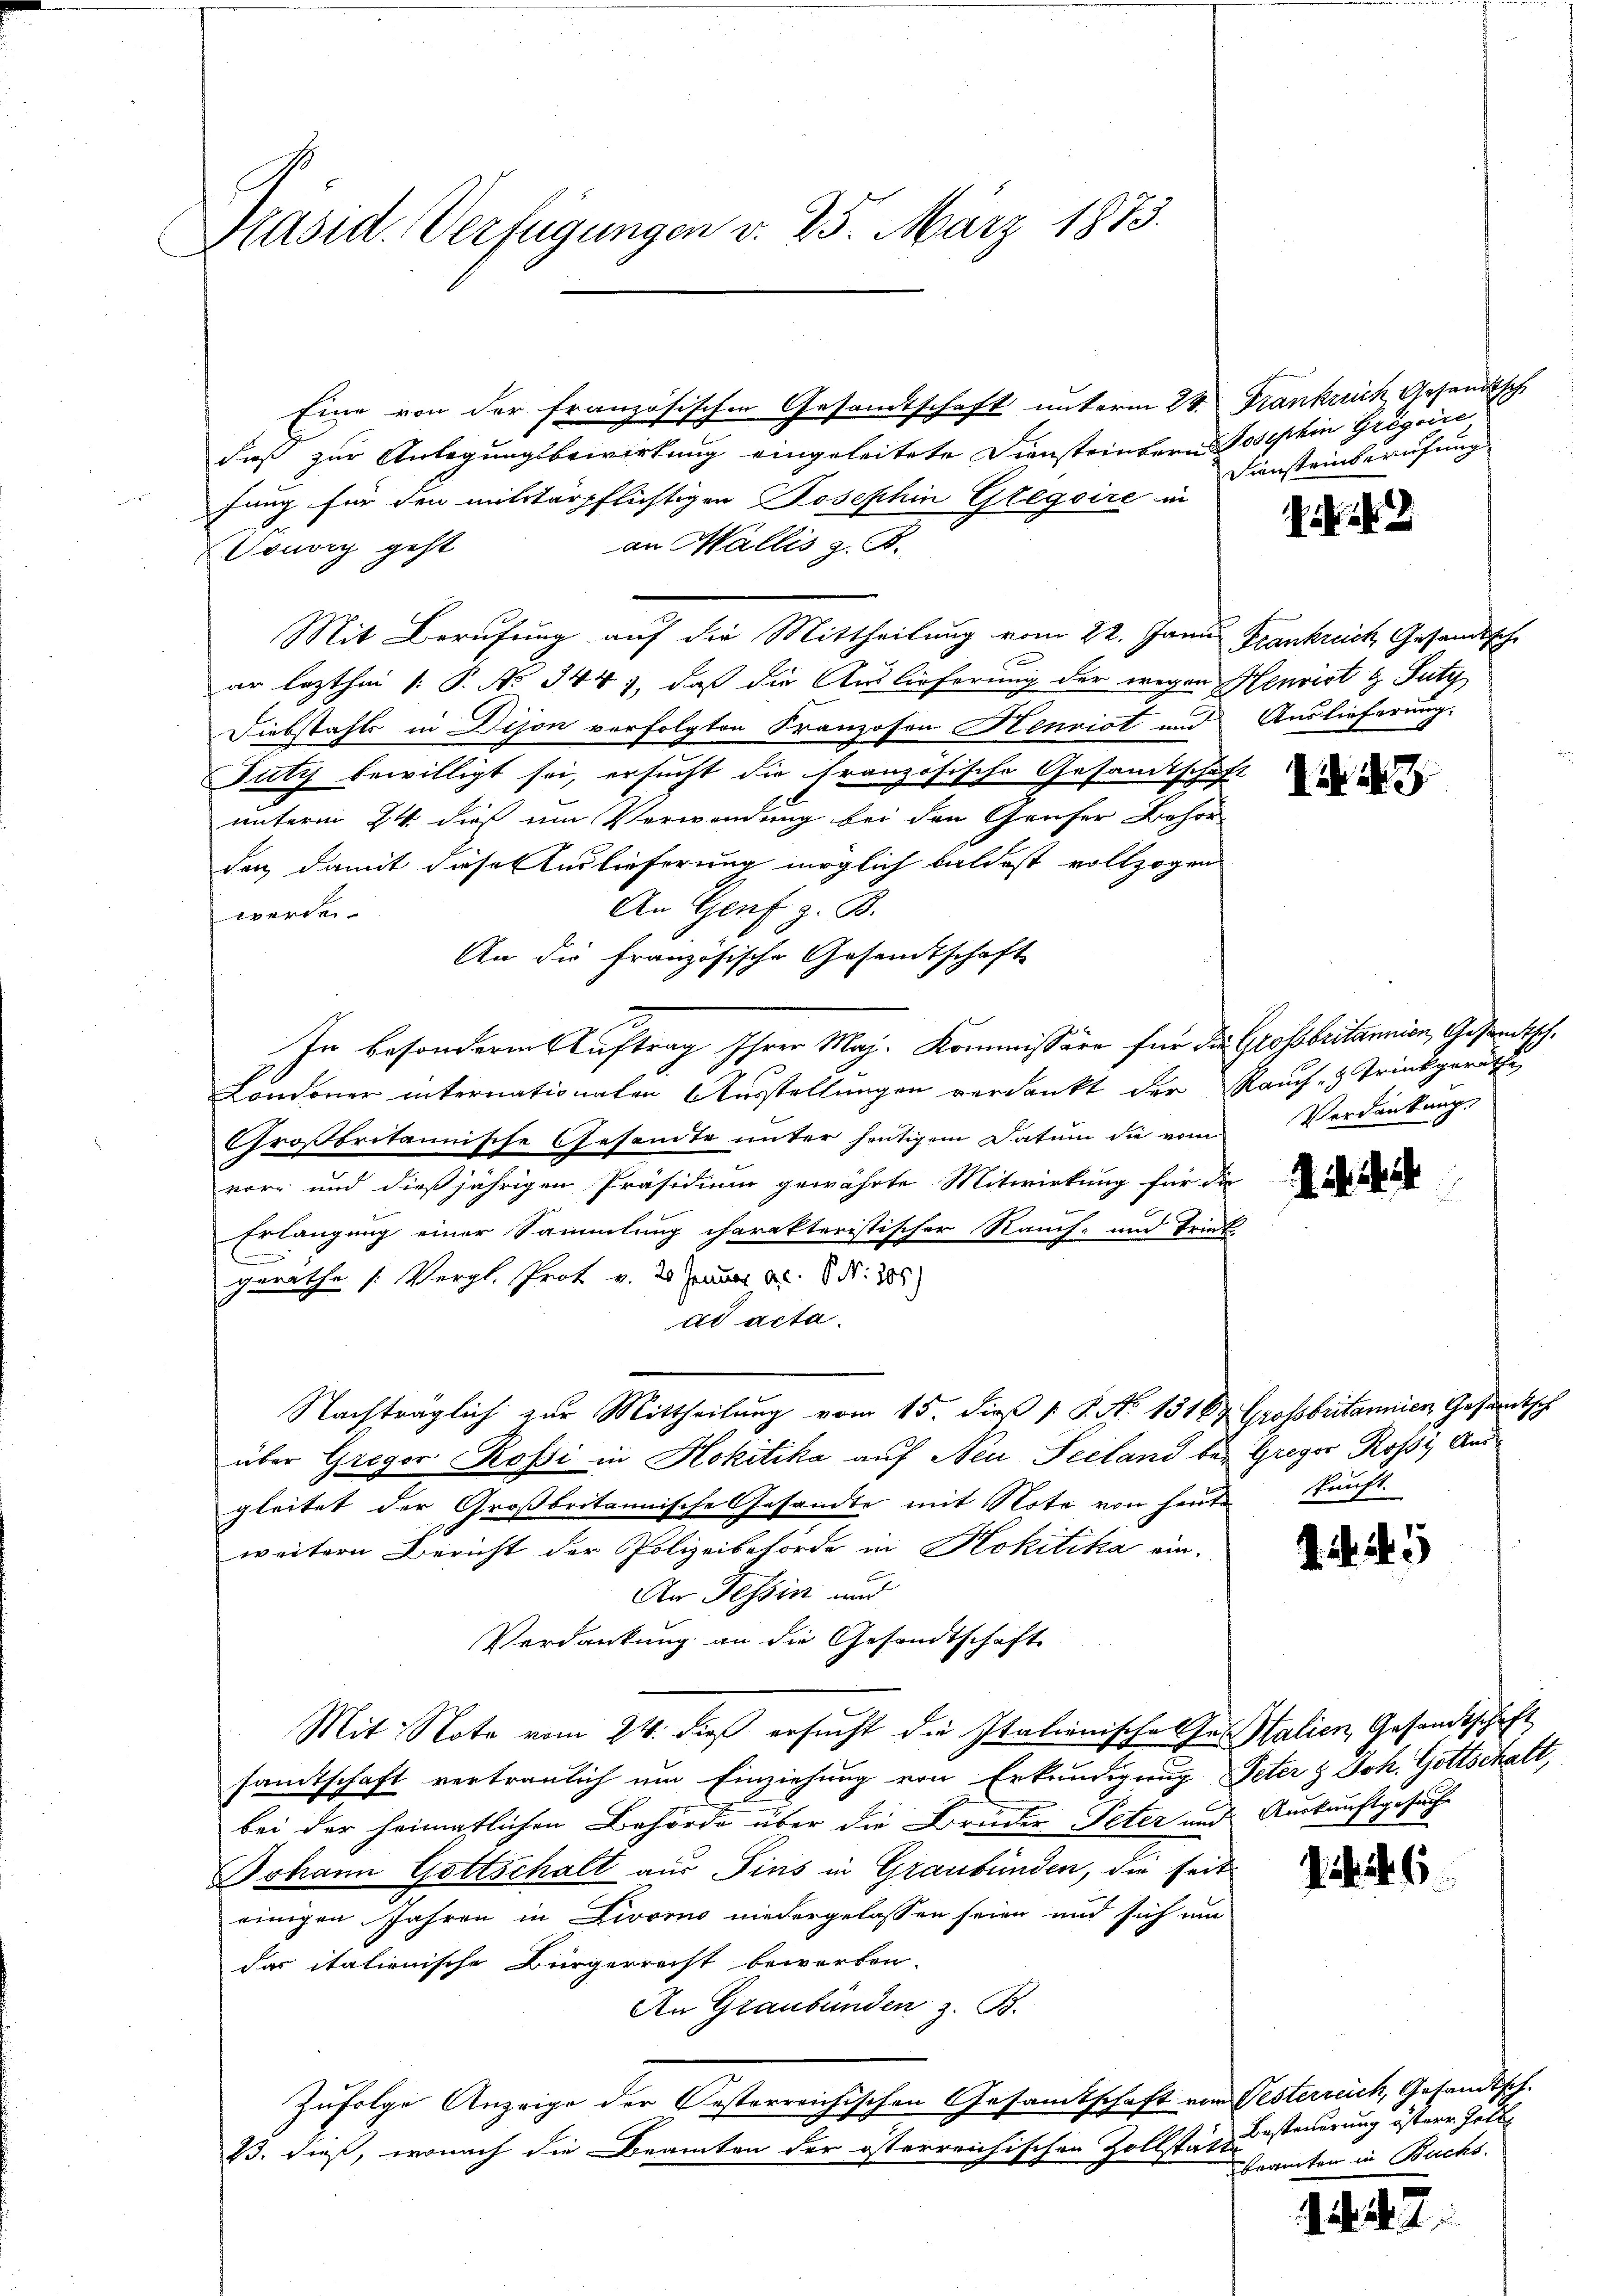
Präsid. Verfügungen d. 25. März 1873.

Eine von der französischen Gesandtschaft unterm 24. Frankrech Gesandtsch
dieß zur Anlegungsbewirkung eingeleitete Diensteinbern Josephin Gregire
fung für den mitstärpflichtigen Josephin Glegoire in
an Wallis z. B.
Touvry geht
Mit Berufung auf die Mittheilung vom 22. Janus Frankreich, Gesandtsche
ar lezthin 1. P. No 344), daß die Auslieferung der wegen Henrist & Futy
Diebstahls in Dison verfolgten Franzosen Henrist und Auslieferung.
Futy bewilligt sei, ersucht die Französische Gesamtschaft
unterm 24. dieß um Verwendung bei den Gruser Behör
den, damit dieser Auslieferung möglich baldest vollzogen
An Genf z. B.
werden.
An die französische Gesandtschaft
In besonderen Auftrag Ihrer Maj. Kommissäre für die Grossbritannien, Gestecksch.
Londoner internationaten Ausstellungen verdankt der Rauch - Trinkgerathe
Großbritannische Gesamte unter heutigem Datum die vom
vor und dießjährigen Präsidium gewährte Mitwirkung für die
Erlangung einer Sammlung charakteristischer Stauf- und Trink
E
gerathe s. Vergl. Prof v. 20. Januar 9. N. 355)
ad acta.
Nachträglich zur Mittheilung vom 15. dieß P. No 13164 Grossbritannien Gesandtsch
über Gregor Rossi in Hokitika auf Neu Seeland bei Gregor Rossi Ausgleitet der Großbritannische Gesandte mit Note von heute
weitern Bericht der Polizeibehörde in Hokitika an
An Tessin und
Verdankung an die Gesandtschaft
Mit Note vom 24. dieß ersucht die Italienischel Jos. Halien, Gesandtschaft
samtschaft vertraulich um Einziehung von Erkundigung Peter & Joh. Gottschaft,
bei der heimatlichen Behörde über die Bruder Peter und Auskunftgesuche
Johann Gottschalt aus Fins in Graubünden, die seit
einigen Jahren in Livorno niedergelassen seien und sich um
das italienische Bürgerrecht beworden.
An Graubünden z. B.
Zufolge Anzeige der Oesterreichischen Gesamtschaft vom Testerreich, Gesandtsch.
23. dieß, wonach die Beamten der österreichischen Zollstattu

Dunsteinberechung

Zif. 22

N. 3

Verdankung,

1445

. . 6

Besteuerung österer Zoll
beamten in Backs.

skunft.